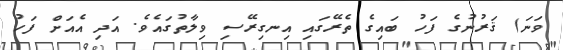
ވަނަ) ޤަރުނުގެ ފަހު ބައިގެ ތެރޭގައި އިނގިރޭސި ވިލާތުގައެވެ. އަދި އެއަށް ފަހު